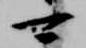
可